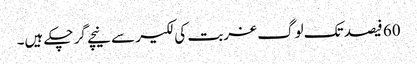
60 فیصد تک لوگ غربت کی لکیر سے نیچے گر چکے ہیں۔